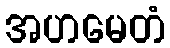
အဟမေတံ